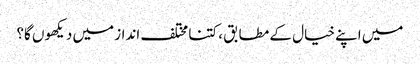
میں اپنے خیال کے مطابق ، کتنا مختلف انداز میں دیکھوں گا؟